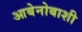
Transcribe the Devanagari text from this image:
आबेनोबाशी